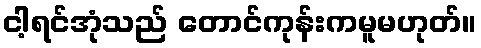
ငါ့ရင်အုံသည် တောင်ကုန်းကမူမဟုတ်။